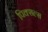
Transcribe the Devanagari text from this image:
पिक्सल्स